Annual administration and progress report of the Indian Medical Department, Bombay
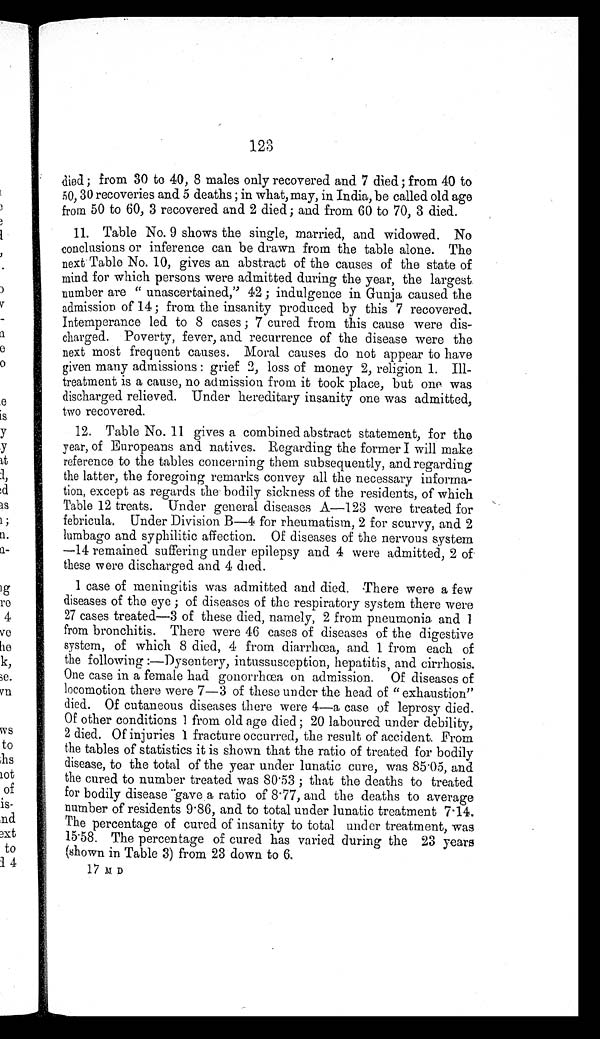
123
died; from 30 to 40, 8 males only recovered and 7 died; from 40 to
50, 30 recoveries and 5 deaths; in what, may, in India, be called old age
from 50 to 60, 3 recovered and 2 died; and from 60 to 70, 3 died.
11. Table No. 9 shows the single, married, and widowed. No
conclusions or inference can be drawn from the table alone. The
next Table No. 10, gives an abstract of the causes of the state of
mind for which persons were admitted during the year, the largest.
number are "unascertained," 42; indulgence in Gunja caused the
admission of 14; from the insanity produced by this 7 recovered.
Intemperance led to 8 cases; 7 cured from this cause were dis
-
charged. Poverty, fever, and recurrence of the disease were the
next most frequent causes. Moral causes do not appear to have
given many admissions: grief 2, loss of money 2, religion 1. Ill-
treatment is a cause, no admission from it took place, but one was
discharged relieved. Under hereditary insanity one was admitted,
two recovered.
12. Table No. 11 gives a combined abstract statement, for the
year, of Europeans and natives. Regarding the former I will make
reference to the tables concerning them subsequently, and regarding
the latter, the foregoing remarks convey all the necessary informa
-
tion, except as regards the bodily sickness of the residents, of which
Table 12 treats. Under general diseases A—123 were treated for
febricula. Under Division B—4 for rheumatism, 2 for scurvy, and 2
lumbago and syphilitic affection. Of diseases of the nervous system
—14 remained suffering under epilepsy and 4 were admitted, 2 of
these were discharged and 4 died.
1 case of meningitis was admitted and died. There were a few
diseases of the eye; of diseases of the respiratory system there were
27 cases treated—3 of these died, namely, 2 from pneumonia and 1
from bronchitis. There were 46 cases of diseases of the digestive
system, of which 8 died, 4 from diarrhœa, and 1 from each of
the following:—Dysentery, intussusception, hepatitis , and cirrhosis.
One case in a female had gonorrhœa on admission. Of diseases of
locomotion there were 7—3 of these under the head of "exhaustion"
died. Of cutaneous diseases there were 4—a case of leprosy died.
Of other conditions 1 from old age died; 20 laboured under debility,
2 died. Of injuries 1 fracture occurred, the result of accident. From
the tables of statistics it is shown that the ratio of treated for bodily
disease, to the total of the year under lunatic cure, was 85.05, and
the cured to number treated was 80.53; that the deaths to treated
for bodily disease gave a ratio of 8.77, and the deaths to average
number of residents 9.86, and to total under lunatic treatment 7.14.
The percentage of cured of insanity to total under treatment, was
15.58. The percentage of cured has varied during the 23 years
(shown in Table 3) from 23 down to 6.
17 M D